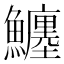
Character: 𩼼